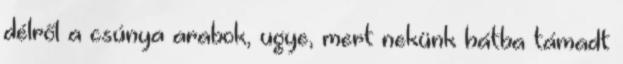
délről a csúnya arabok, ugye, mert nekünk hátba támadt